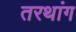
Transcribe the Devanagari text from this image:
तरथांग